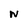
Character: N